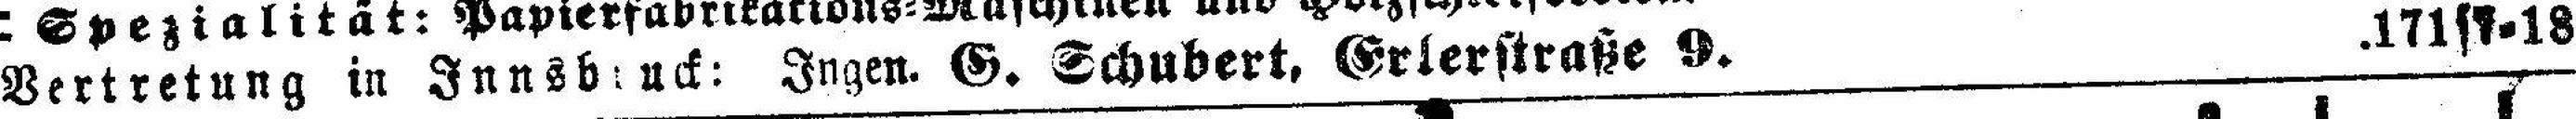
Vertretung in Innsbruck: Ingen. G. Schubert, Erlerstraße 9. .171|7=18